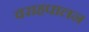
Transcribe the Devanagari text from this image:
वराहपालन